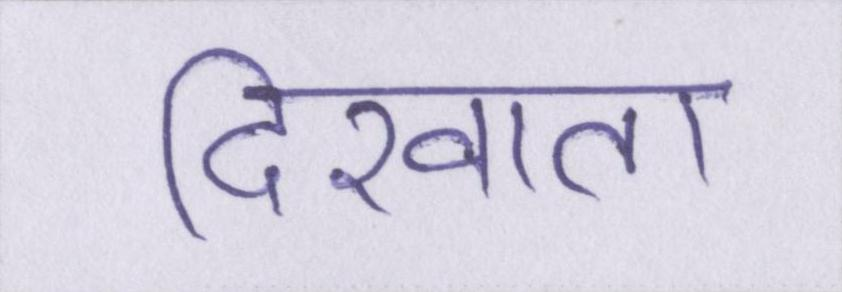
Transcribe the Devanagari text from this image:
दिखाता